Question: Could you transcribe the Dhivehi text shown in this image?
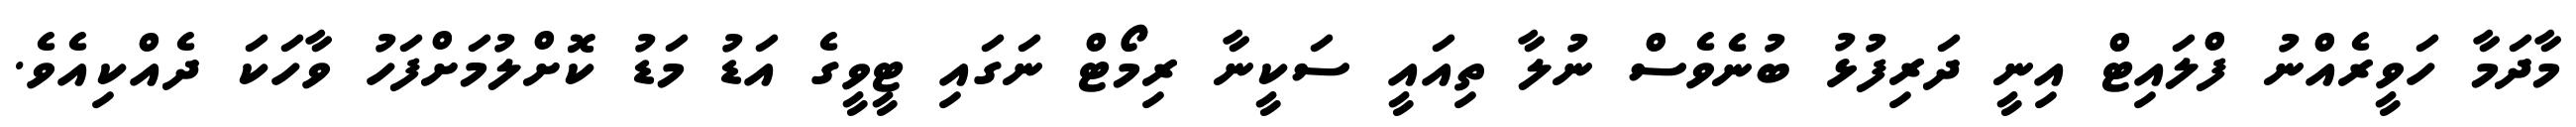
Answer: މާދަމާ ހަވީރެއްނު ފްލައިޓް އިނީ ދަރިފުޅު ބުނެވެސް ނުލާ ތިއައީ ސަކީނާ ރިމޯޓް ނަގައި ޓީވީގެ އަޑު މަޑު ކޮށްލުމަށްފަހު ވާހަކަ ދެއްކިއެވެ.